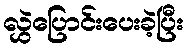
လွှဲပြောင်းပေးခဲ့ပြီး